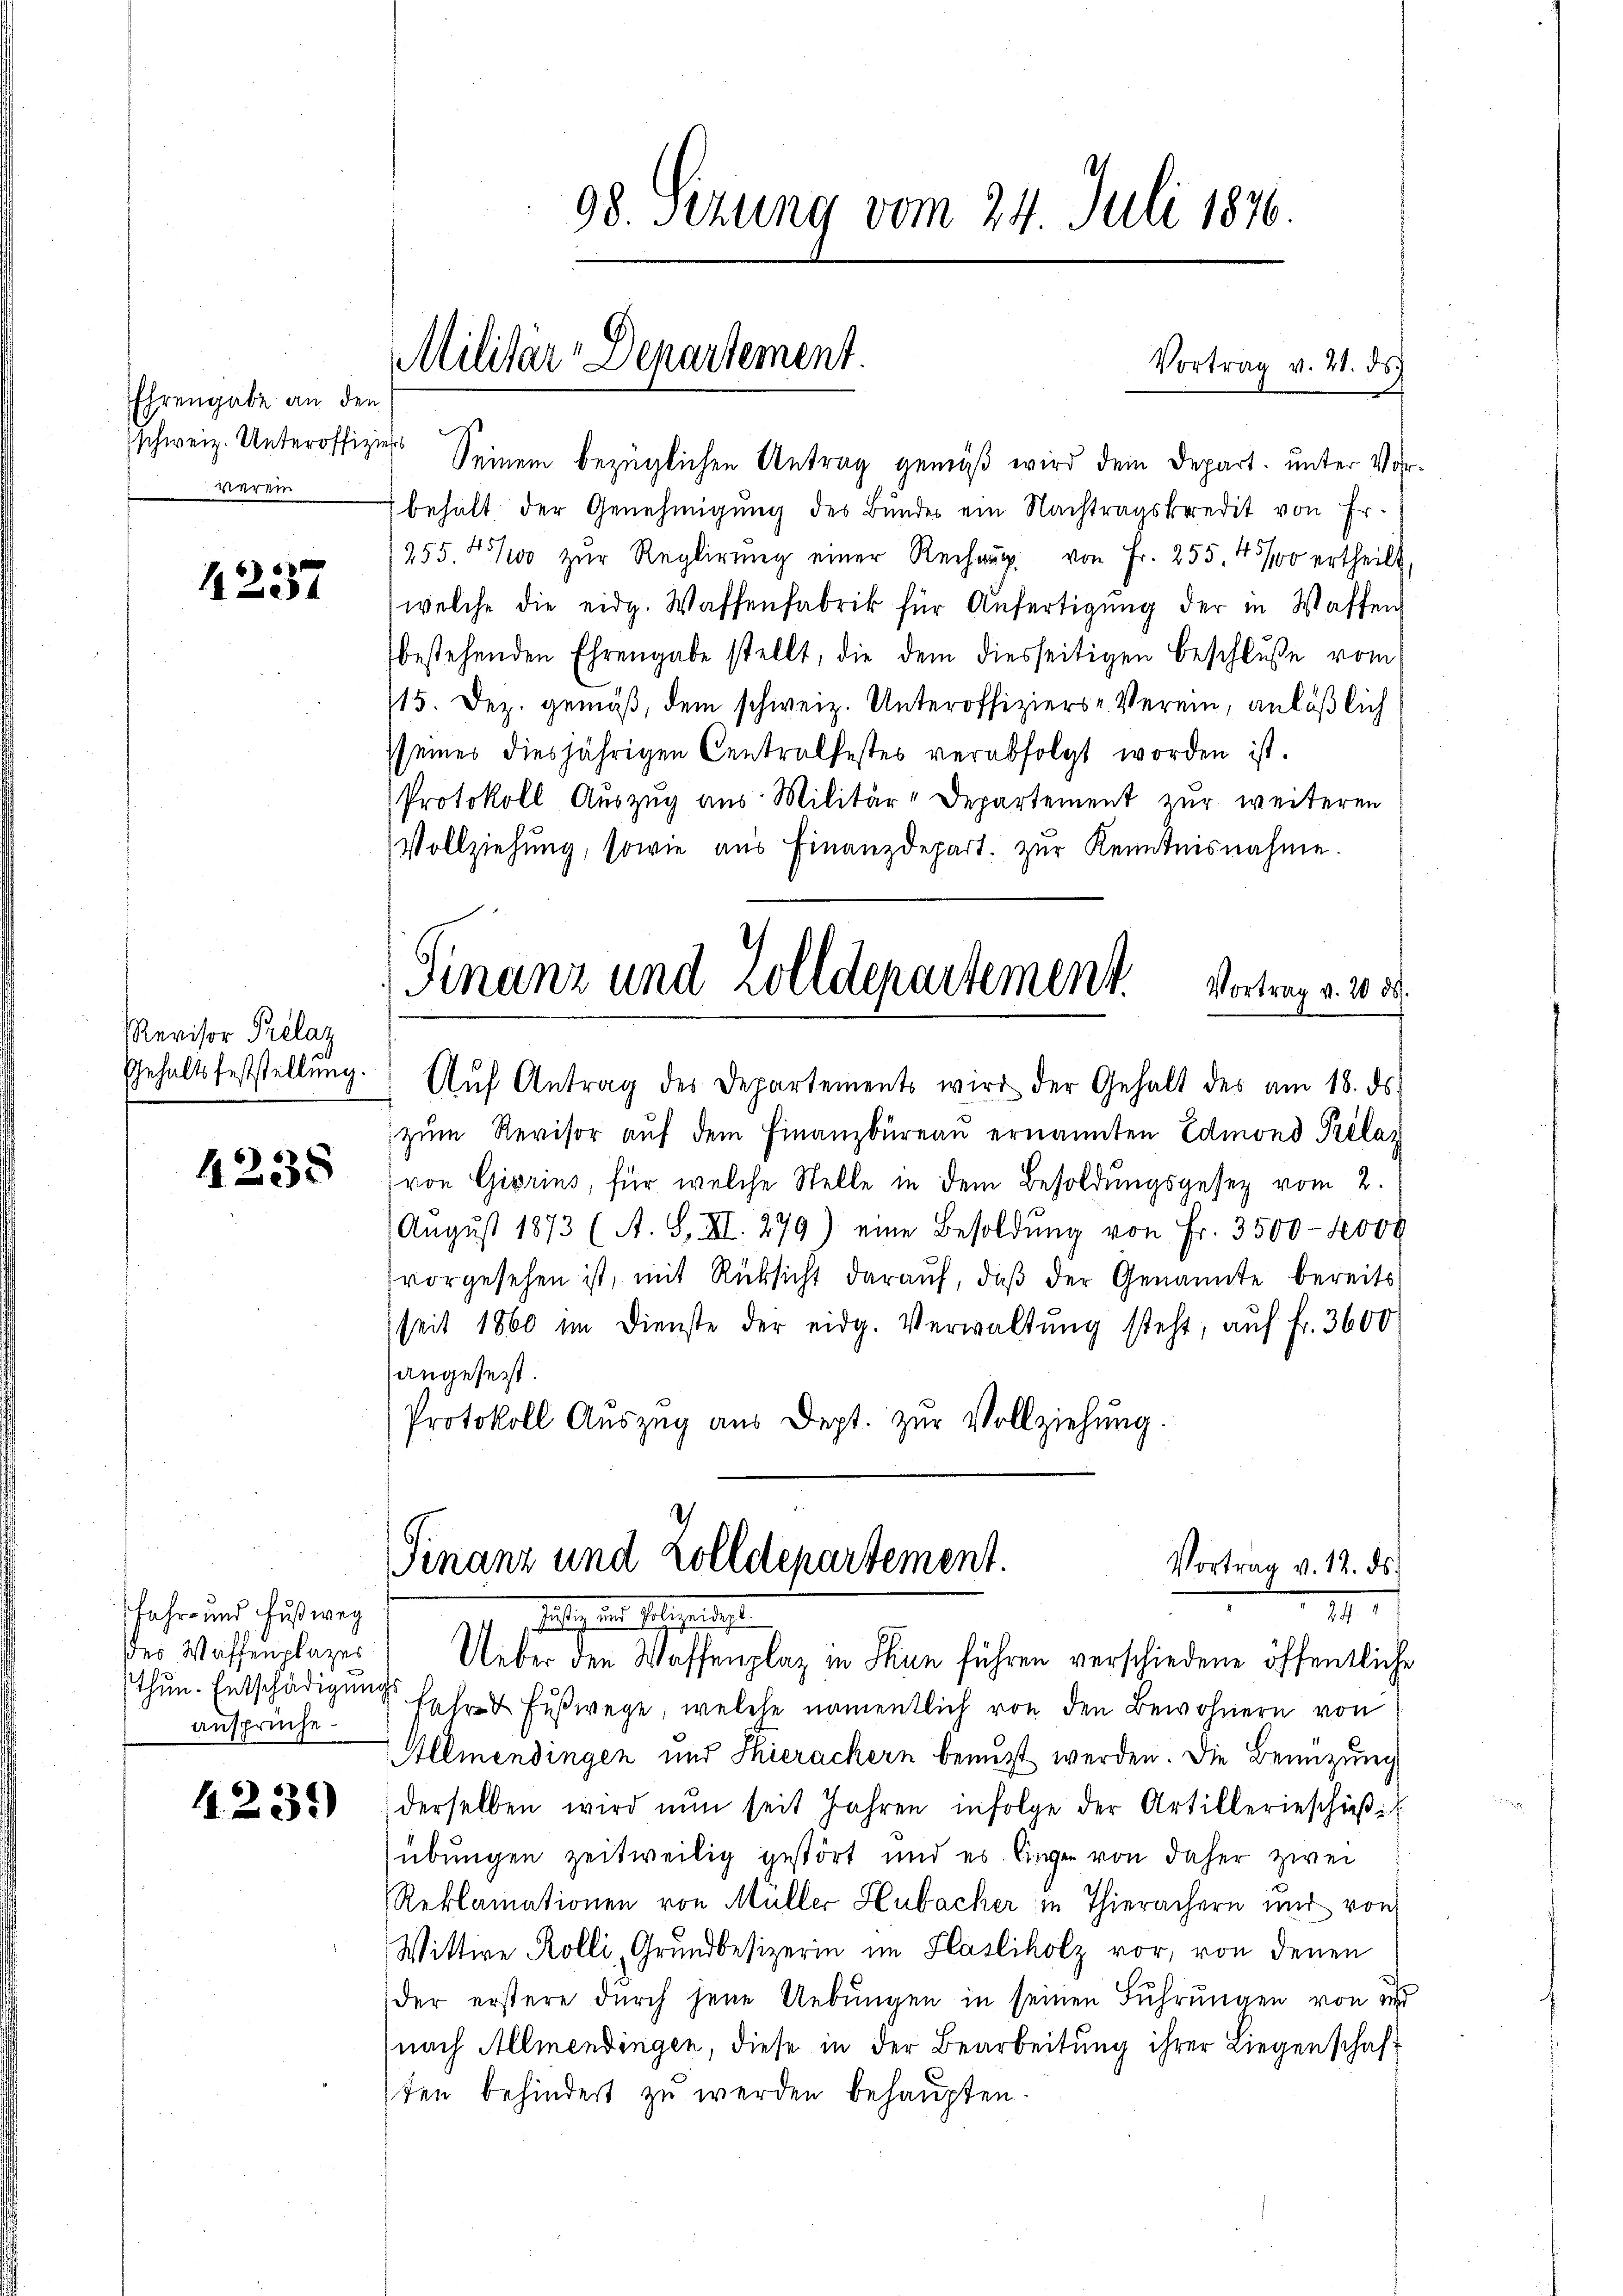
Ehrengabe an den
schweiz. Unteroffiziers
verein

4237

Revisor Prelaz
Gehaltsfeststellung.

4235

sfahr- und Fußweg
ansprüche

4231)

Militär-Departement.

Seinem bezüglichen Antrag gemäß wird dem Depart. unter Vor¬
 behalt der Genehmigŭng des Bundes ein Nachtragskredit von Fr.
255. 4500 zŭr Reglirŭng einer Rechnŭng von Fr. 255. 450 ertheilt,
(welche die eidg. Waffenfabrik für Anfertigŭng der in Waffen
bestehenden Ehrengabe stellt, die dem diesseitigen Beschluße vom
115. Dez. gemäß, dem schweiz. Unteroffiziers- Verein, anläßlich
seines diesjährigen Centralfestes verabfolgt worden ist.
Protokoll Auszug aus Militär-Departement zur weiteren
Vollziehung, sowie aus Finanzdepart. zur Kenntnisnahme.
Finanz und Zolldepartement
Vortrag v. 20 ds.
Aŭf Antrag des Departements wird der Gehalt des am 18. ds.
zŭm Revisor aŭf dem Finanzbüreaŭ ernannten Edmond Prélaz
von Giorins, für welche Stelle in dem Besoldungsgesetz vom 2.
Aŭgŭst 1873 (A. S. XII. 279) eine Besoldŭng von Fr. 3500-2000
vorgesehen ist, mit Rücksicht darauf, daß der Genannte bereits
seit 1860 im Dienste der eidg. Verwaltŭng steht, aŭf fr. 3600
angesezt.
Protokoll Aŭszŭg ans Dept. zŭr Vollziehung.

98. Sizung vom 24. Juli 1876.

Vortrag v. 21. ds.

Finanz und Zolldepartement.
Vortrag v. 12. ds.
7
m

des Wassenplazer Ueber die es seine ganz in Thun führen verschiedene öffentliche
thŭn. Entschädigŭng fahr & Fußwege, welche namentlich von den Bewohnern von
Allmendingen und Thierachern benuzt werden. Die Benüzung
derselben wird nun seit Jahren infolge der Artillerieschieβ
übungen zeitweilig gestört und es liegen von daher zwei
Reklamationen von Müller Hubacher in Thierachern und von
Wittwe Rolli, Grundbesizerin im Hasliholz vor, von denen
der erstere durch jene Uebungen in seinen Führungen von d
(nach Allmendingen, diese in der Bearbeitung ihrer Liegenschaft
sten behindert zu werden behaupten.